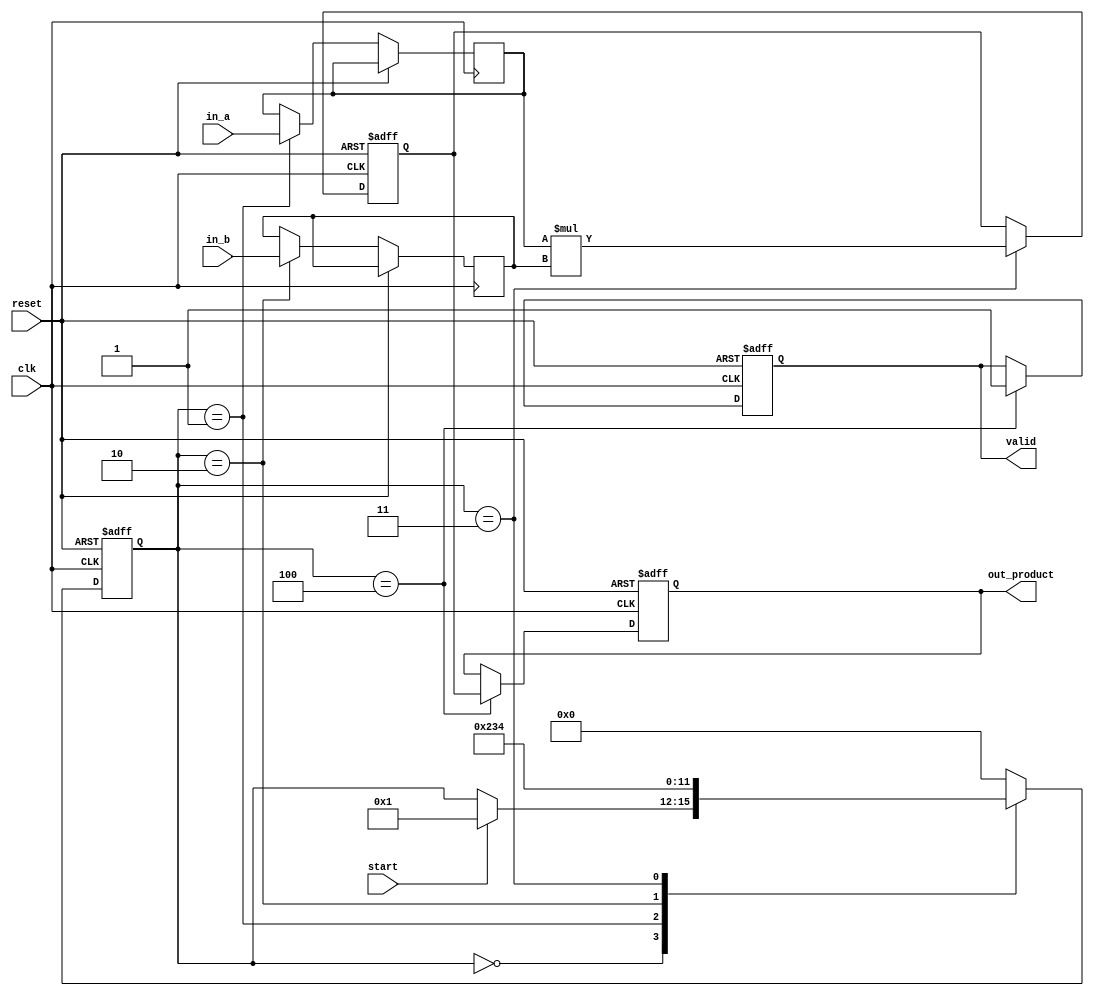
module arithmetic_streaming_multiplier (
    input wire clk,
    input wire reset,
    input wire start,
    input wire [15:0] in_a, // Assuming 16-bit inputs
    input wire [15:0] in_b, // Assuming 16-bit inputs
    output reg [31:0] out_product, // 32-bit output for the product
    output reg valid // Signal indicating when the output product is valid
);

    reg [15:0] reg_a; // Register to hold the first multiplicand
    reg [15:0] reg_b; // Register to hold the second multiplicand
    reg [3:0] state; // State variable for state machine
    reg [31:0] product_reg; // Register to hold the computed product
    reg [3:0] count; // Counter for the number of cycles

    // State encoding
    localparam IDLE = 4'b0000,
               LOAD_A = 4'b0001,
               LOAD_B = 4'b0010,
               MULTIPLY = 4'b0011,
               OUTPUT = 4'b0100;

    // State machine for controlling the multiplication process
    always @(posedge clk or posedge reset) begin
        if (reset) begin
            state <= IDLE;
            out_product <= 32'b0;
            valid <= 1'b0;
            count <= 4'b0;
            product_reg <= 32'b0;
        end else begin
            case (state)
                IDLE: begin
                    if (start) begin
                        state <= LOAD_A;
                        count <= 4'b0; // Reset count
                    end
                end

                LOAD_A: begin
                    reg_a <= in_a; // Load first multiplicand
                    state <= LOAD_B;
                end

                LOAD_B: begin
                    reg_b <= in_b; // Load second multiplicand
                    state <= MULTIPLY;
                end

                MULTIPLY: begin
                    // Perform multiplication
                    product_reg <= reg_a * reg_b;
                    state <= OUTPUT;
                end

                OUTPUT: begin
                    out_product <= product_reg; // Output the product
                    valid <= 1'b1; // Assert valid signal
                    state <= IDLE; // Go back to IDLE state
                end

                default: state <= IDLE; // Default case
            endcase
        end
    end

endmodule